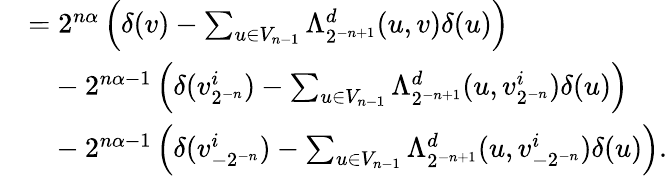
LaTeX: \begin{array}{rl}&{=2^{n\alpha}\left(\delta(v)-\sum_{u\in V_{n-1}}\Lambda_{2^{-n+1}}^{d}(u,v)\delta(u)\right)}\\ &{\phantom{=}-2^{n\alpha-1}\left(\delta(v_{2^{-n}}^{i})-\sum_{u\in V_{n-1}}\Lambda_{2^{-n+1}}^{d}(u,v_{2^{-n}}^{i})\delta(u)\right)}\\ &{\phantom{=}-2^{n\alpha-1}\left(\delta(v_{-2^{-n}}^{i})-\sum_{u\in V_{n-1}}\Lambda_{2^{-n+1}}^{d}(u,v_{-2^{-n}}^{i})\delta(u)\right)\mathrm{.}}\end{array}